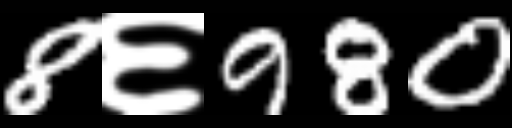
Text: 8६980